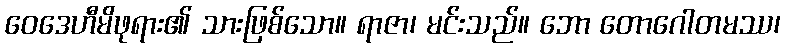
ဝေဒေဟီမိဖုရား၏ သားဖြစ်သော။ ရာဇာ၊ မင်းသည်။ ဘော တောဂေါတမဿ၊